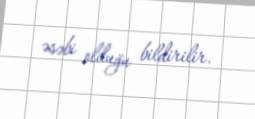
əsəbi olduğu bildirilir.